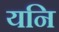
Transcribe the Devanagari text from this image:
यनि